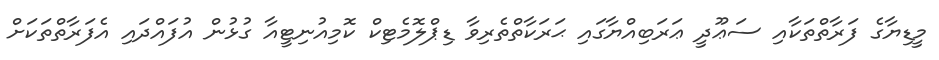
މީޑިޔާގެ ފަރާތްތަކާއި ސަޢޫދީ ޢަރަބިއްޔާގައި ޙަރަކާތްތެރިވާ ޑިޕްލޮމެޓިކް ކޮމިއުނިޓީއާ ގުޅުން އުފައްދައި އެފަރާތްތަކަށް